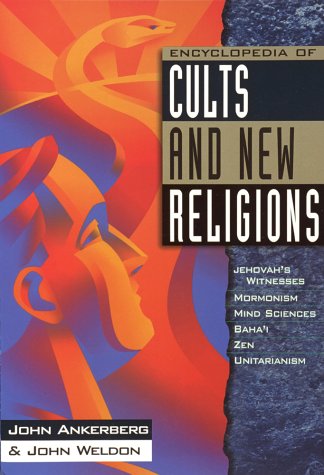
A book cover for Encyclopedia of Cults and New Religions: Jehovah's Witnesses, Mormonism, Mind Sciences, Baha'i, Zen, Unitarianism (In Defense of the Faith); John Ankerberg; Religion & Spirituality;